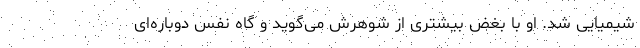
شیمیایی شد. او با بغض بیشتری از شوهرش می‌گوید و گاه نفس دوباره‌ای